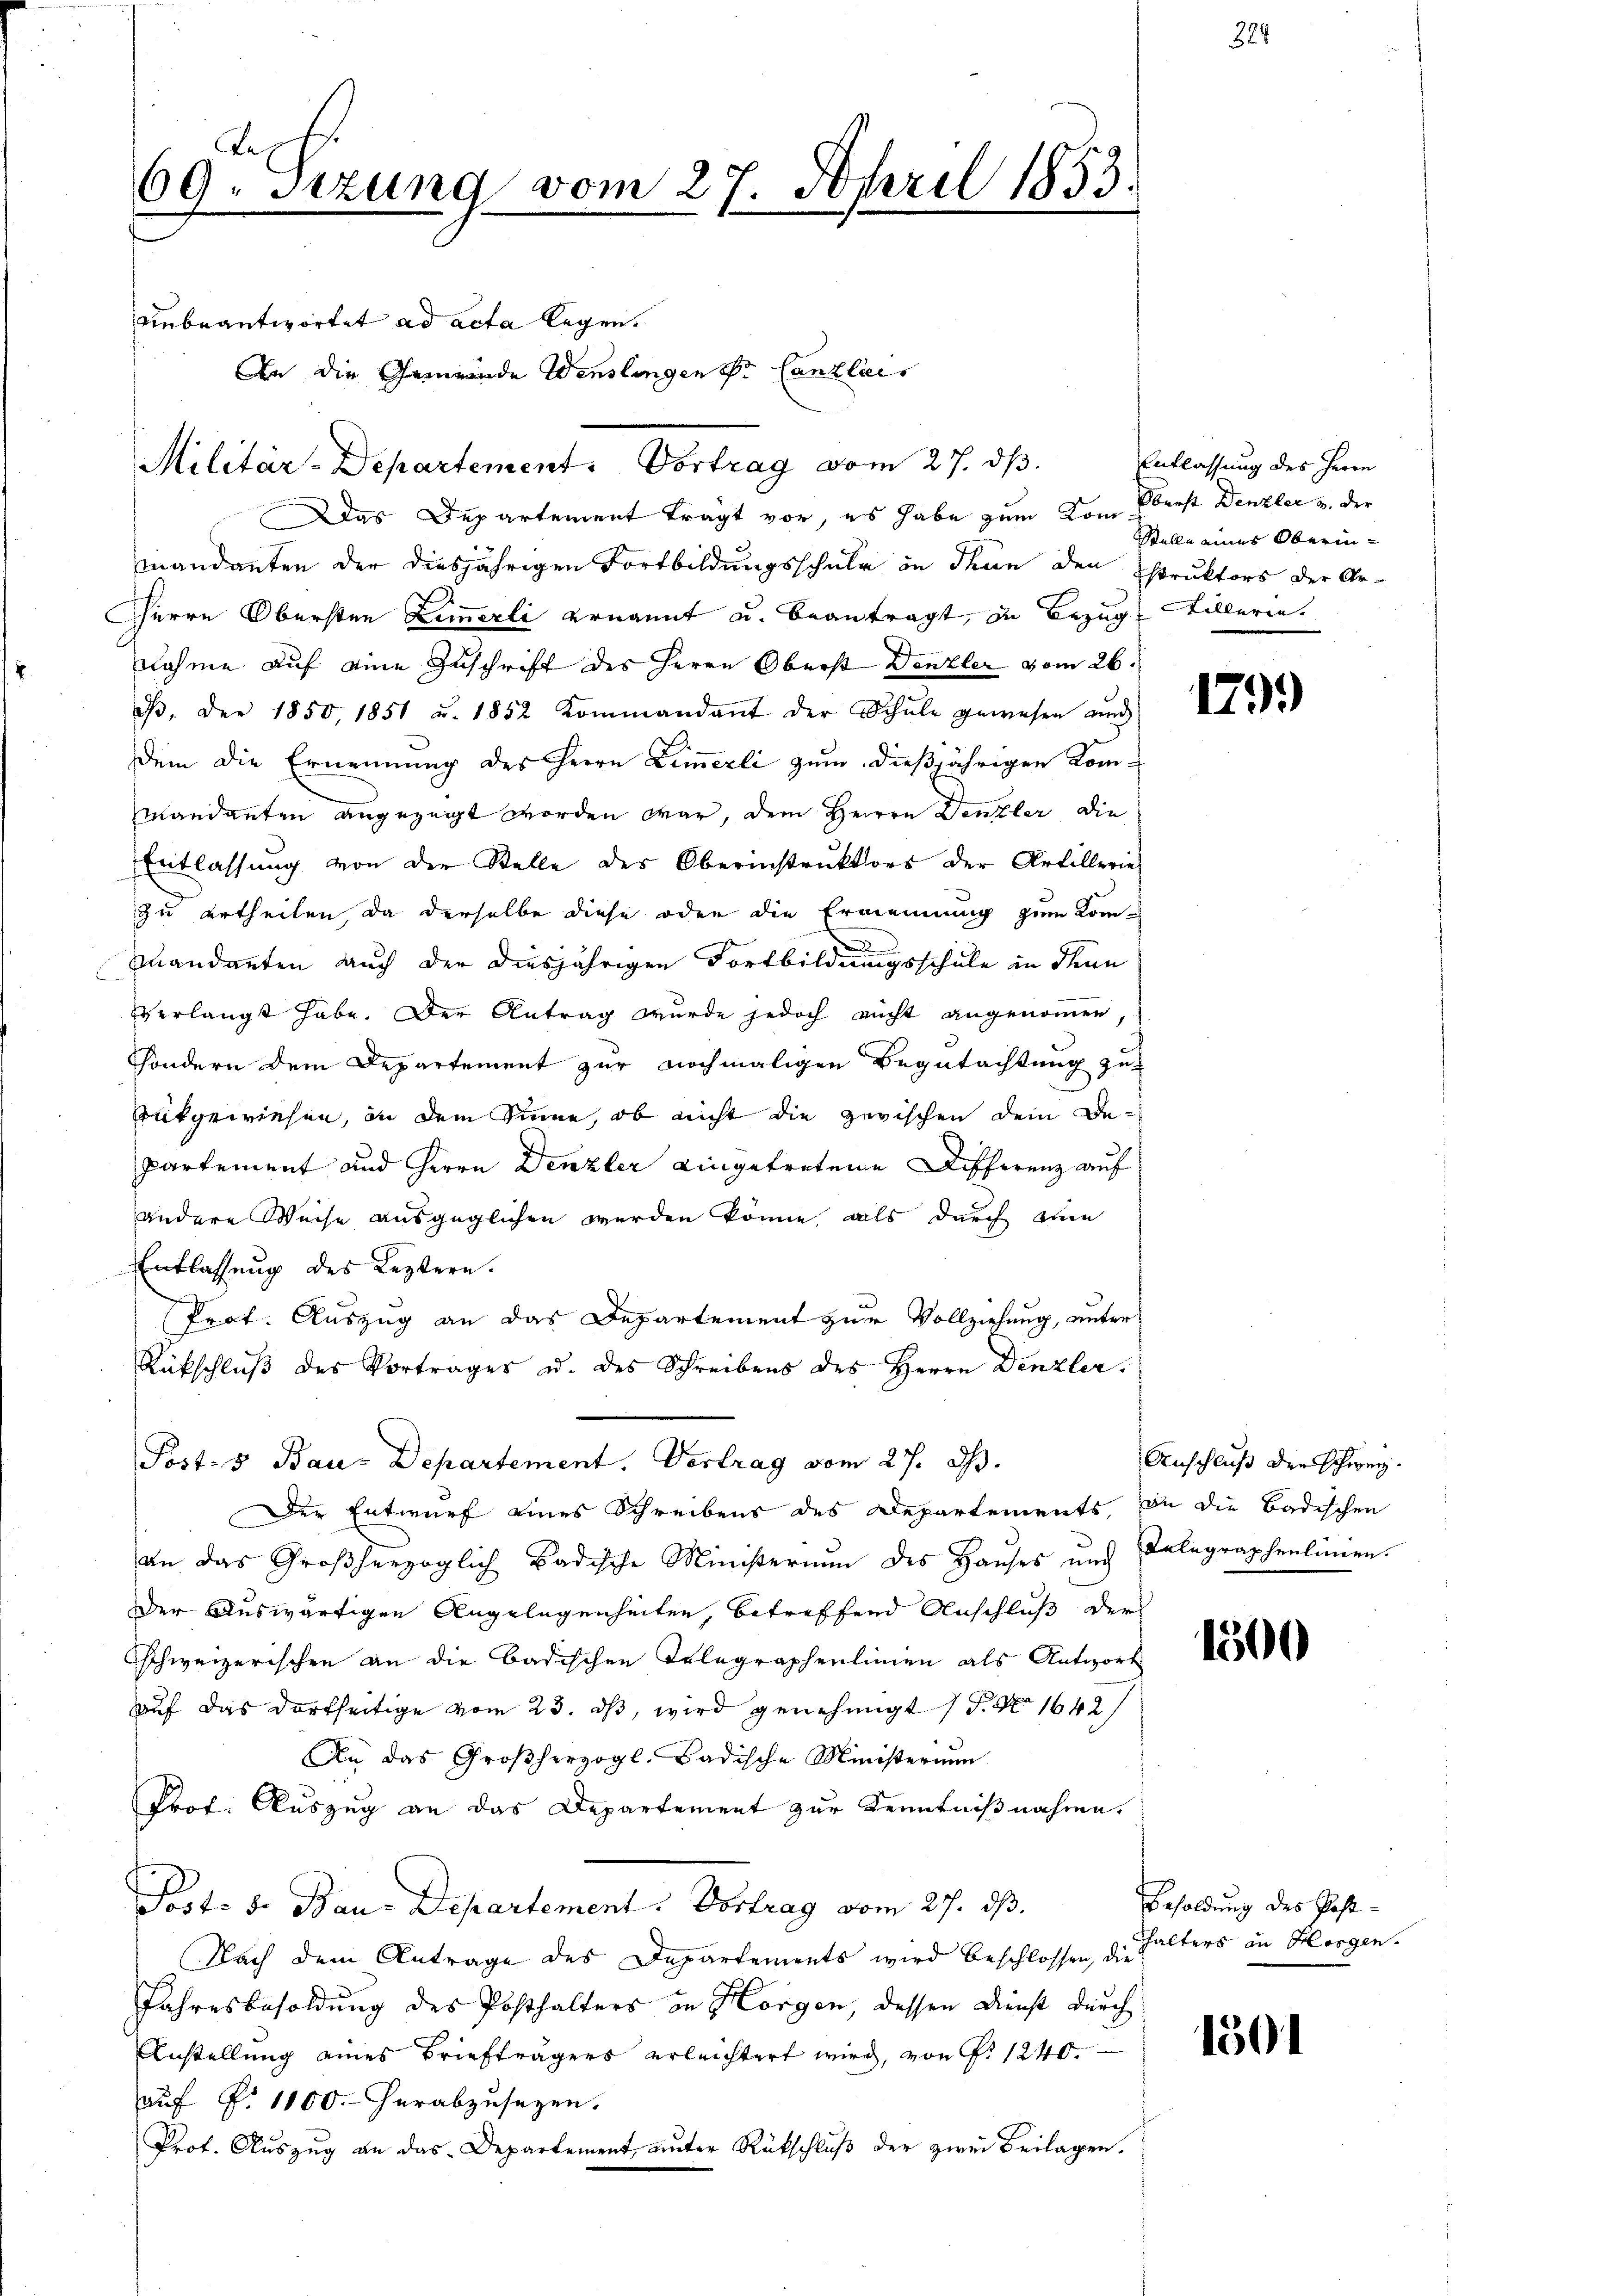
R.
69. Sizung vom 27. April 1853.

unbeantwortet ad acta legen.
Das Departement trägt vor, es habe zum Kommandanten der diesjährigen Fortbildungsschule in Thun den Estruktors der Ar-
Herrn Obersten Zimmerli ernannt u. beantragt, in Bezug, Billeren.
nahme auf eine Zuschrift des Herrn Oberst Denzler vom 26.
iß, der 1850, 1851 u. 1852 Kommandant der Schŭle gewesen and
dem die Ernennung des Herrn Zimmerli zum dießjährigen Kommandanten angezeigt worden war, dem Herren Denzler die
Entlassŭng von der Stelle des Oberinstrŭktors der Artillerie-
zu ertheilen, da derselbe diese oder die Ernennung zum Komn
Mandanten auch der diesjährigen Fortbildungsschule in den
verlangt habe. Der Antrag wurde jedoch nicht angenommen,
sondern dem Departement zur nochmaligen Begutachtung zu
rükgewiesen, in dem Sinne, ob nicht die zerischen dem Bepartement und Herrn Denzler eingetretene Differenz auf
andere Weise ausgeglichen werden könne, als durch eine
Entlassung des Leztern.
Prot. Auszug an das Departement zur Vollziehung, unter¬
Rückschlŭβ des Vortrages u. des Schreibens des Herrn Denzler
Post- & Bau-Departement. Vertrag vom 27. ds.
Der Entwurf eines Schreibens des Departements, in die Badischen
an das Großherzoglich Badische Ministerium des Haŭses und Delegraphenlinien.
Der auswärtigen Angelegenheiten, betreffend Anschluß der
Schweizerischen an die Badischen Telegraphenlinien als Antwort
auf das dortseitige vom 23. ds, wird genehmigt 7 P. Nr. 1642/
An das Großherzogl. Badische Ministerium
Prof. Auszug an das Departement zur Kenntnißnahme.
Post. S. Bau-Departement. Vortrag vom 27. ds.
Nach dem Antrage des Departements wird beschlossen, die halters an Horgen.
Jahresbesoldung des Posthalters in Horgen, dessen Dienst durch
Anstellung eines Briefträgers erleichtert wird, von P. 1240.
auf §. 1100. herabzusezen.
Prot. Auszug an das Departement, unter Rückschluß der zwei Beilagen.

Militär-Departement. Vortrag vom 27. dβ.

An die Gemeinde Wenslingen Sr. Canzlis

Entlassung des Herrn
Oberst Denzler u. der
Stelle eines Oberin¬

1799

Anschluß der Schweiz.

1500

Besoldung des Post¬

150